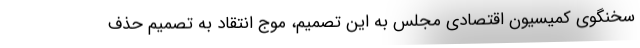
سخنگوی کمیسیون اقتصادی مجلس به این تصمیم، موج انتقاد به تصمیم حذف